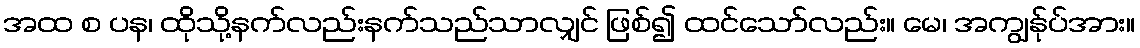
အထ စ ပန၊ ထိုသို့နက်လည်းနက်သည်သာလျှင် ဖြစ်၍ ထင်သော်လည်း။ မေ၊ အကျွန်ုပ်အား။